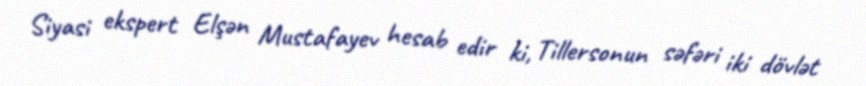
Siyasi ekspert Elşən Mustafayev hesab edir ki, Tillersonun səfəri iki dövlət